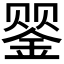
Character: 𲇑